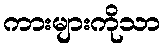
ကားများကိုသာ